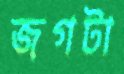
জগটা